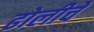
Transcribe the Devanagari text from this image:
ढोलीचे